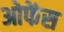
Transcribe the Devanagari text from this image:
ओफेंस